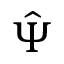
\hat { \Psi }